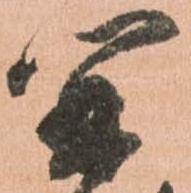
開